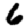
Digit: 6